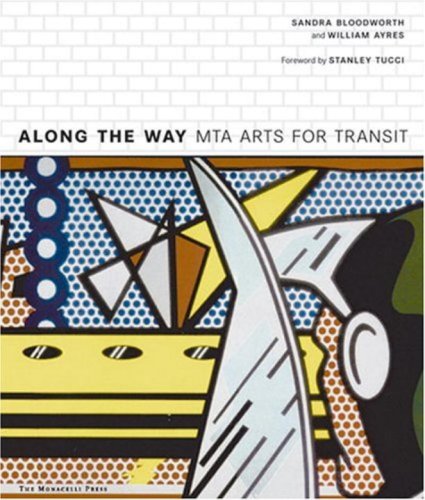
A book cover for Along the Way: MTA Arts for Transit; Sandra Bloodworth; Engineering & Transportation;